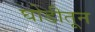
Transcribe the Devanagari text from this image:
घोडीतून